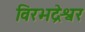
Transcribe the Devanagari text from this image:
विरभद्रेश्वर